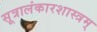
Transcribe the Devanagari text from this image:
सूत्रालंकारशास्त्रम्